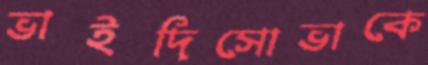
ভাইদিসোভাকে